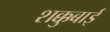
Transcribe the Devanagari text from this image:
शक्कुबाई